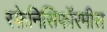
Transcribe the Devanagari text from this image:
स्फ़ेनिसिफॉरमीस